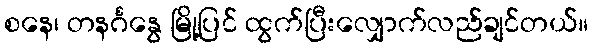
စနေ၊ တနင်္ဂနွေ မြို့ပြင် ထွက်ပြီးလျှောက်လည်ချင်တယ်။